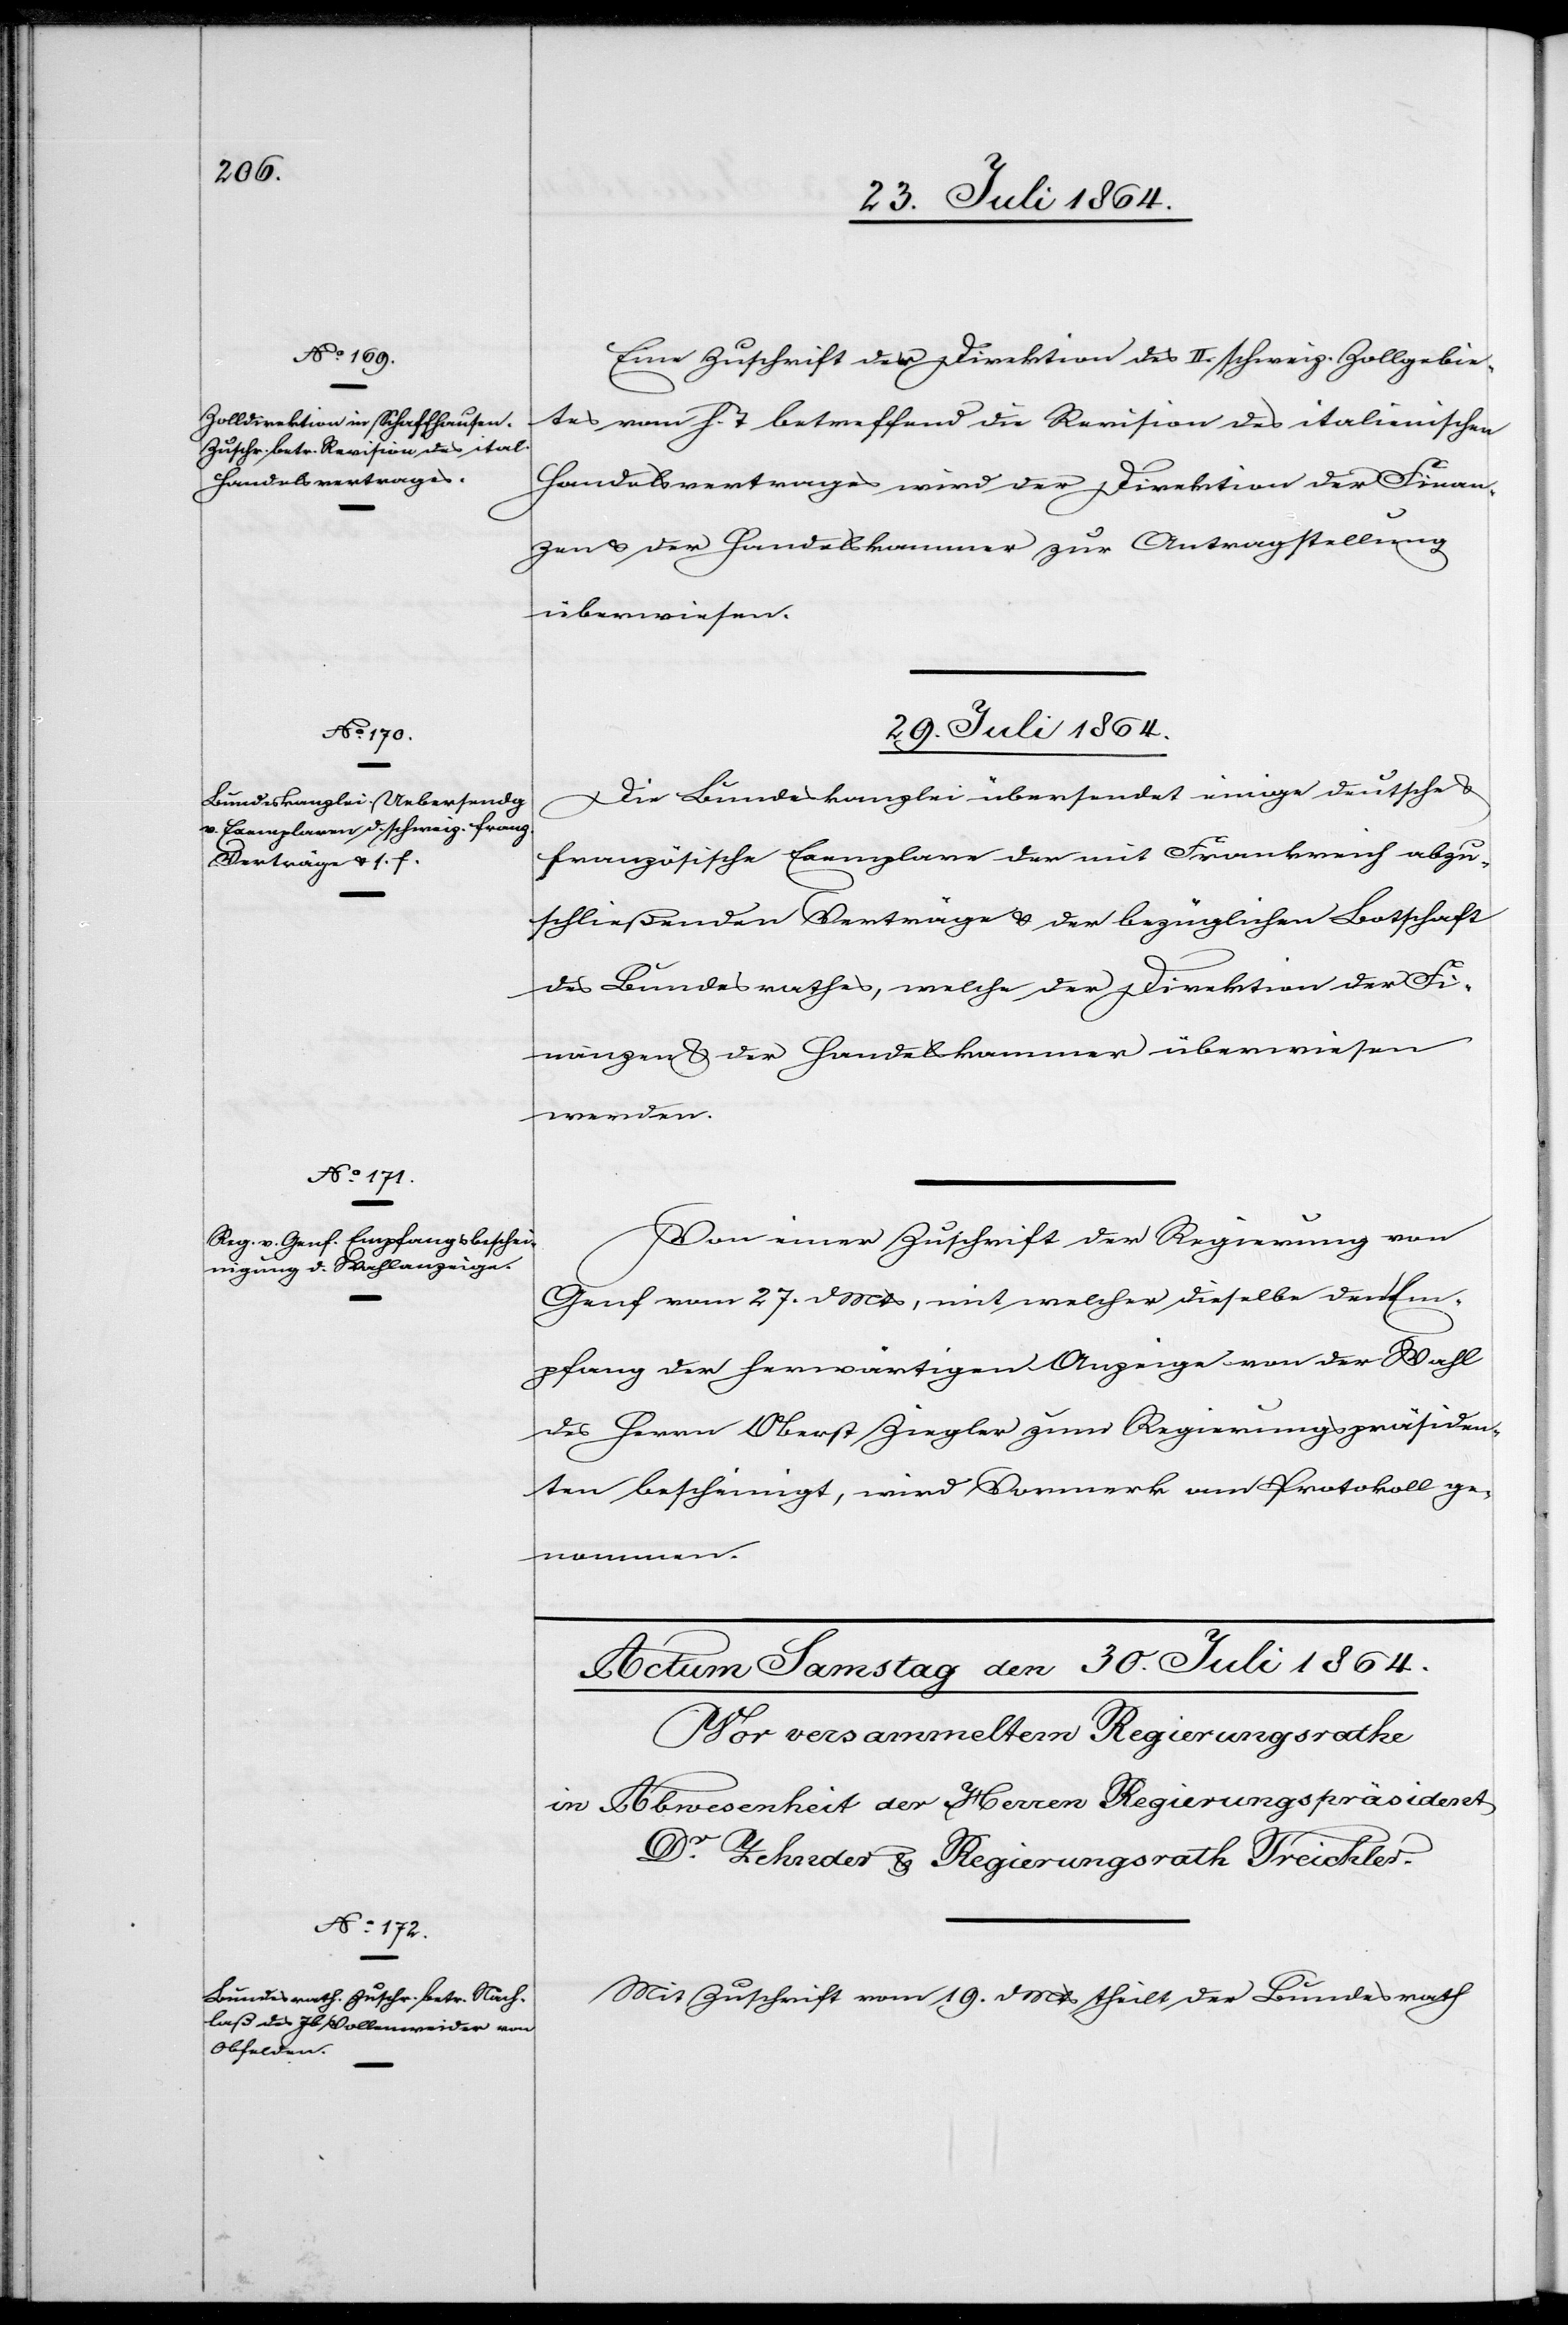
28. Juli 1864.]
Eine Zuschrift der Direktion des II. schweiz. Zollgebie¬
tes vom h. T. betreffend die Revision des italienischen
Handelsvertrages wird der Direktion der Finan¬
zen & der Handelskammer zur Antragstellung
überwiesen.
29. Juli 1864.]
Die Bundeskanzlei übersendet einige deutsche
französische Exemplare der mit Frankreich abzu¬
schließenden Verträge & der bezüglichen Botschaft
des Bundesrathes, welche der Direktion der Fi¬
nanzen & der Handelskammer überwiesen
werden.
Von einer Zuschrift der Regierung von
Genf vom 27. d. Mts, mit welcher dieselbe den Em¬
pfang der herwärtigen Anzeige von der Wahl
des Herrn Oberst Ziegler zum Regierungspräsiden¬
ten bescheinigt, wird Vermerk am Protokoll ge¬
nommen.
Mit Zuschrift vom 19. d. Mts theilt der Bundesrath